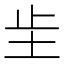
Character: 𫭠